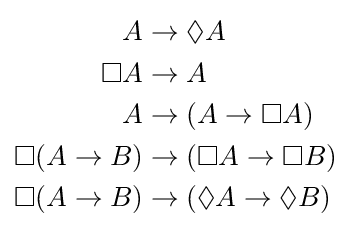
{\begin{aligned}A&\rightarrow \Diamond A\\\Box A&\rightarrow A\\A&\rightarrow (A\rightarrow \Box A)\\\Box (A\rightarrow B)&\rightarrow (\Box A\rightarrow \Box B)\\\Box (A\rightarrow B)&\rightarrow (\Diamond A\rightarrow \Diamond B)\\\end{aligned}}